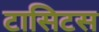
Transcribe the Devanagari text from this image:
टासिटस